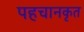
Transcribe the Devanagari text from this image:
पहचानकृत